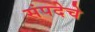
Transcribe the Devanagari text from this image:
संपदेचे